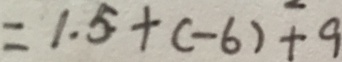
= 1 . 5 + ( - 6 ) + 9